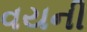
વયની